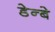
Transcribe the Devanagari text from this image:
डेन्बे